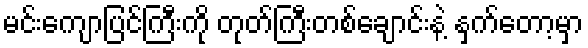
မင်းကျောပြင်ကြီးကို တုတ်ကြီးတစ်ချောင်းနဲ့ နှက်တော့မှာ